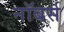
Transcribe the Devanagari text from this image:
नॉबर्स